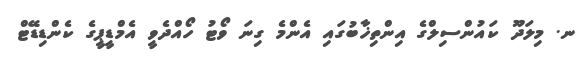
ނ. މިލަދޫ ކައުންސިލްގެ އިންތިޚާބުގައި އެންމެ ގިނަ ވޯޓު ހޯއްދެވީ އެމްޑީޕީގެ ކެންޑިޑޭޓް